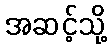
အဆင့်သို့